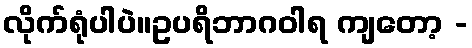
လိုက်ရုံပါပဲ။ဥပရိဘာဂဝါရ ကျတော့ -